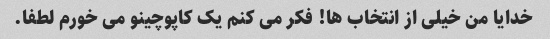
خدایا من خیلی از انتخاب ها! فکر می کنم یک کاپوچینو می خورم لطفا.